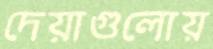
দেয়াগুলোয়